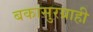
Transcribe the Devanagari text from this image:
बकासुरग्राही